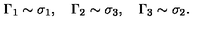
\Gamma _ { 1 } \sim \sigma _ { 1 } , \quad \Gamma _ { 2 } \sim \sigma _ { 3 } , \quad \Gamma _ { 3 } \sim \sigma _ { 2 } .